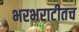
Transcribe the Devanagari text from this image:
भरभराटीतच